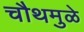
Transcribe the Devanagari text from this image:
चौथमुळे